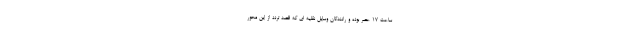
ساعت ۱۷ عصر بوده و رانندگان وسایل نقلیه ای که قصد تردد از این محور